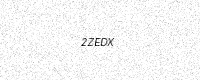
Text: 2ZEDX